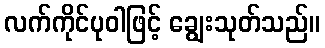
လက်ကိုင်ပုဝါဖြင့် ချွေးသုတ်သည်။